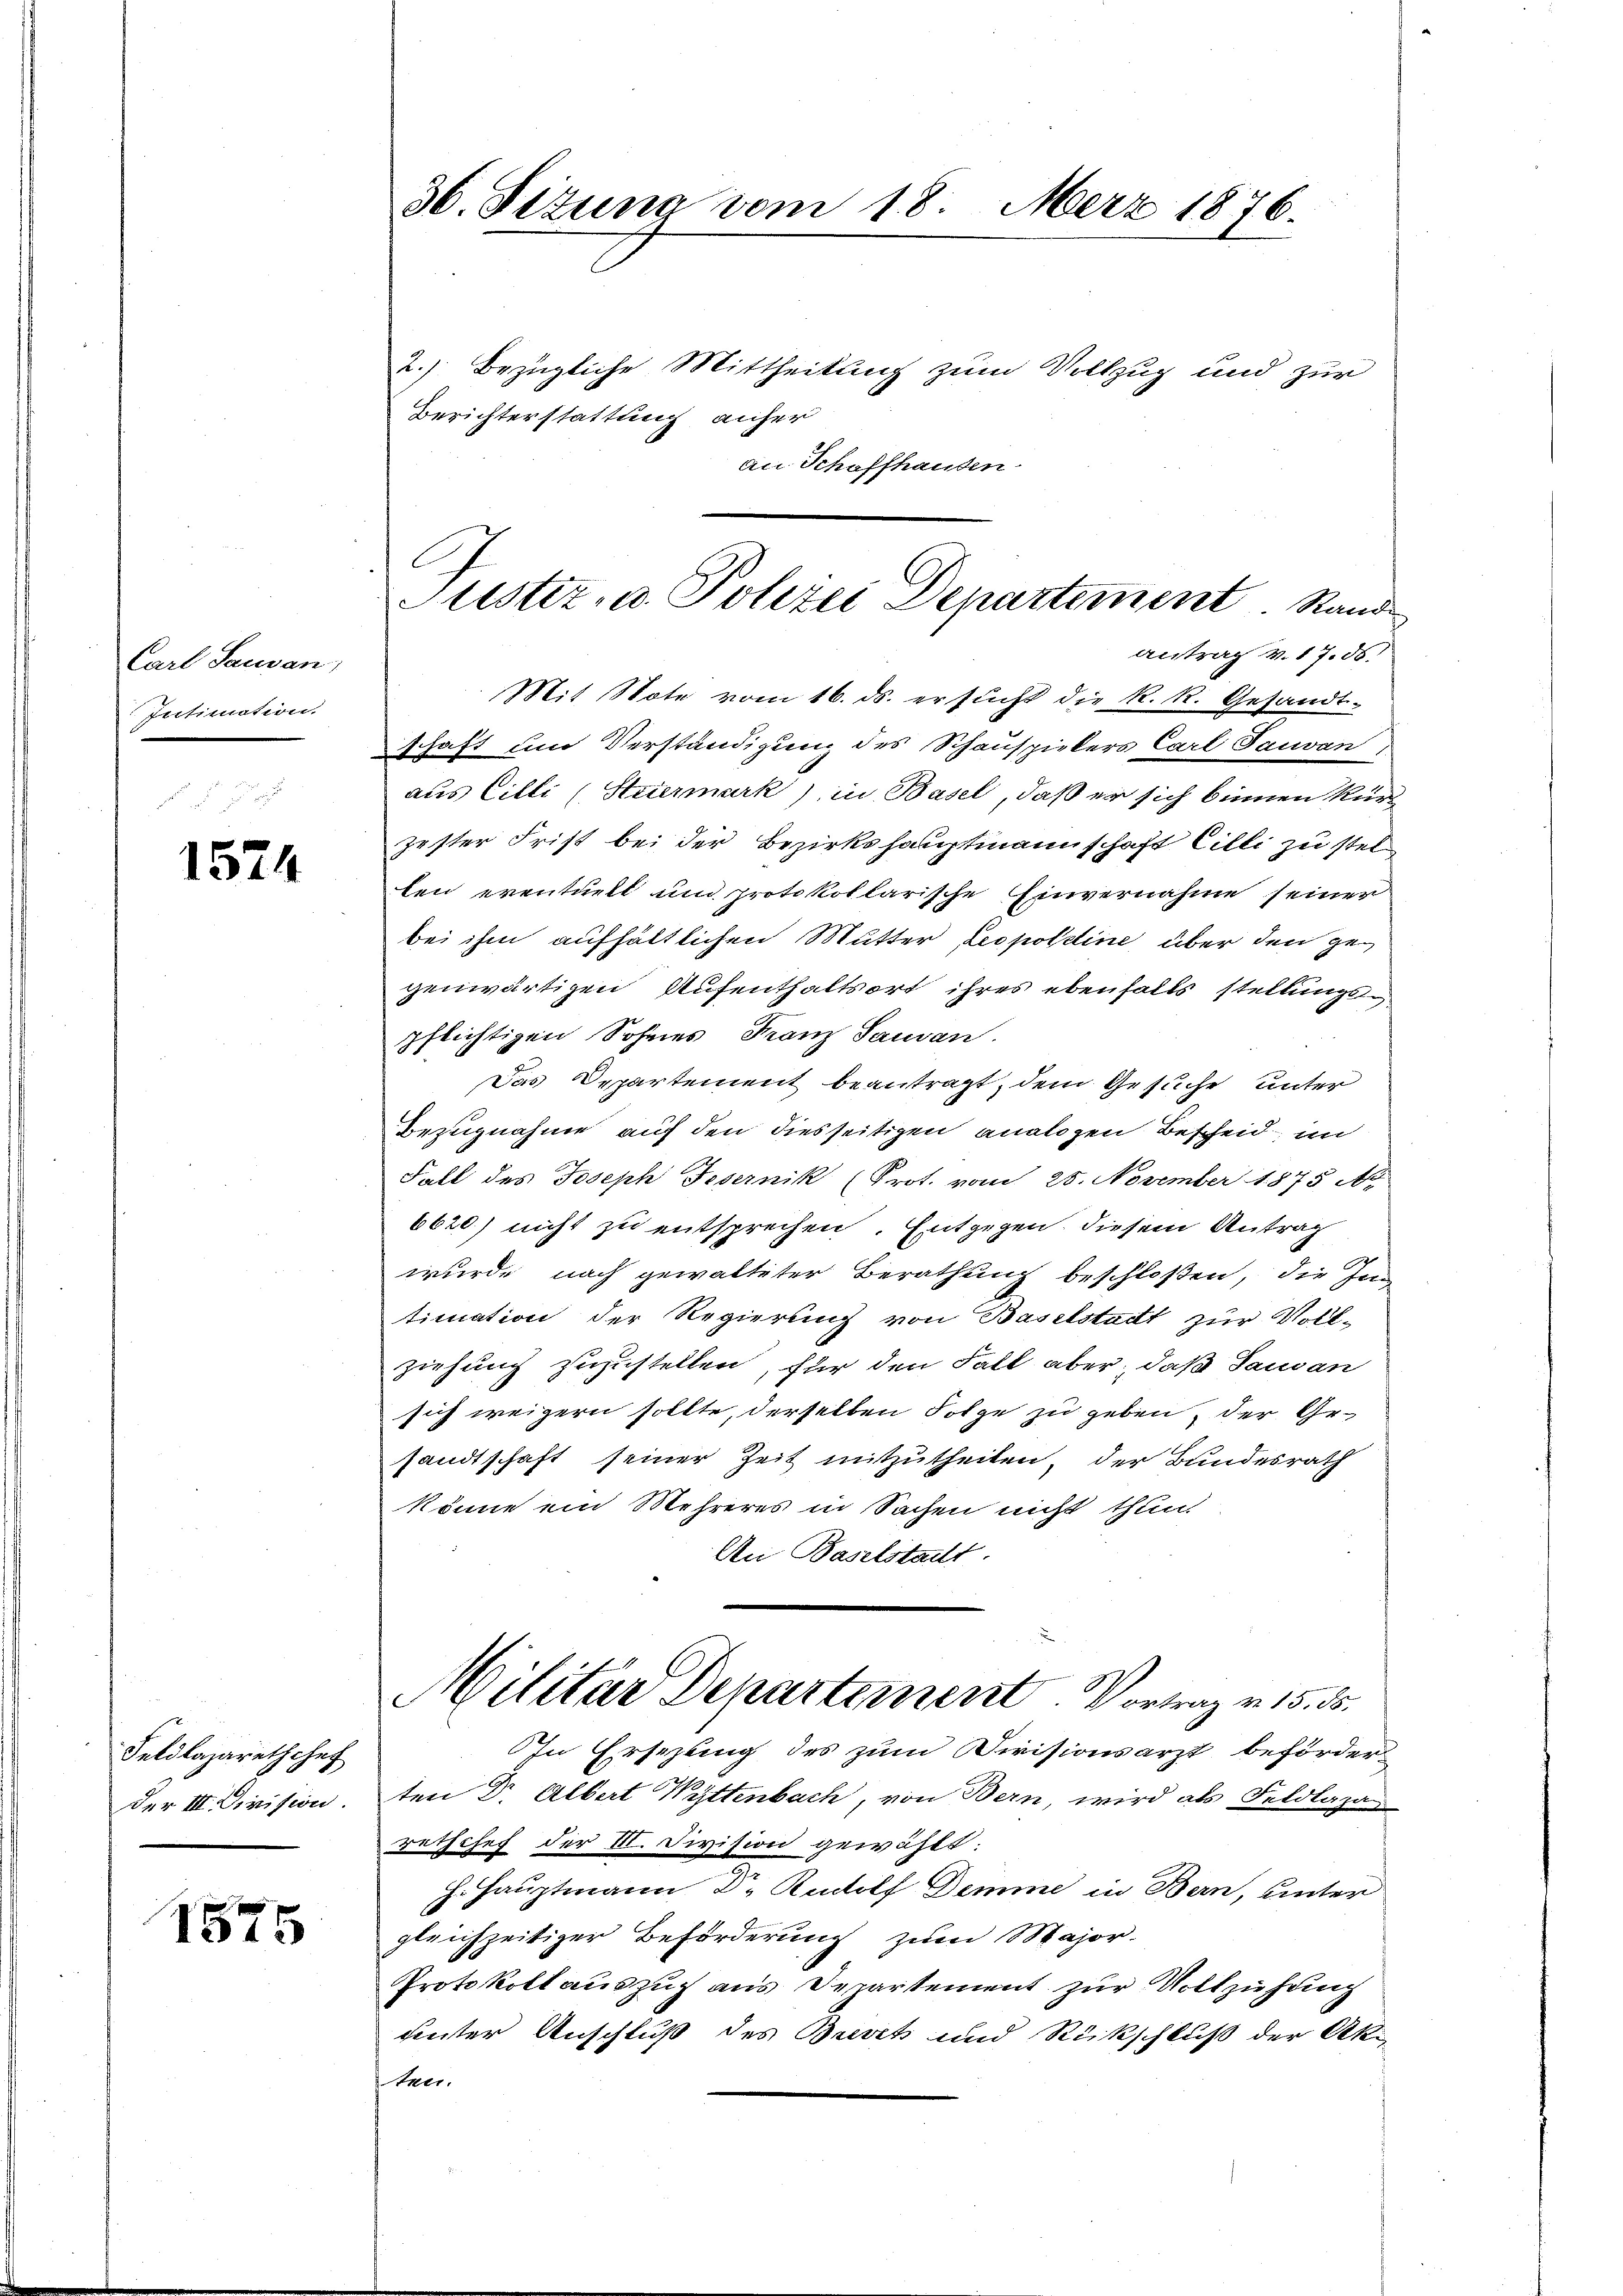
Carl Sausan
Intimation.

1524

Feldlazarethchef
der III. Division.

1575

36. Sizung vom 18. Merz 1876.

2.) Bezügliche Mittheilung zum Vollzug und zur
Berichterstattung anher
au Schaffhausen
Mit Note vom 16. ds. ersucht die k. k. Gesandt-
schaft und Verständigung des Schauspielers Carl Sauvan
aus Cilli (Steiermark) in Basel, daß er sich binnen kürz
zester Frist bei der Bezirkshauptmannschaft Cilli zu stel-
ten eventuelt und protokollarische Einvernahme seiner
bei ihm aufhältlichen Mutter Leopoldine über den gegenwärtigen Aufenthaltsort ihres ebenfalls stellungspflichtigen Sohnes Franz Sauvan.
Das Departement beantragt, dem Gesuche unter
Bezugnahme auf den diesseitigen analogen Bescheid in
Fall des Joseph Federnik (Prot. vom 28. November 1875 N
6620) nicht zu entsprechen. Entgegen diesem Antrag
wurde nach gewalteter Berathung beschloßen, die Inn
timation der Regierung von Baselstadt zur Vollziehung zuzustellen, für den Fall aber, daß Pausan
sich weigern sollte, derselben Folge zu geben, der Gesandtschaft seiner Zeit mitzutheilen, der Bundesrath
könne ein Mehreres in Sachen nicht thun
An Baselstadt.
Militär Departement. Vortrag v. 15. 55.
In Ersezung des zum Divisionsarzt beförderten Dr. Albert Wyttenbach, von Bern, wird als Feldlazu
rethchef der II. Division gewählt:
H. Hauptmann Dr. Rudolf Demme in Bern, unter
gleichzeitiger Beförderung zum Major-
Protokoll auszug aus Departement zur Vollziehung
veter Anschluß des Brevet und Rückschluß der Akter.

Justiz- u. Polizei Departement Stand
antrag v. 17. d.